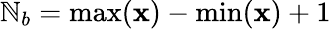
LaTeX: \mathbb{N}_{b}=\operatorname*{max}(\mathbf{x})-\operatorname*{min}(\mathbf{x})+1